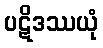
ပဋိဒဿယုံ